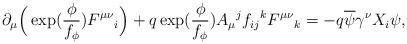
LaTeX: \begin{align*} \partial_\mu\Big(\exp(\frac{\phi}{f_\phi})F^{\mu\nu}{}_i\Big)+q\exp(\frac{\phi}{f_\phi})A_\mu{}^j f_{ij}{}^k F^{\mu\nu}{}_k=-q\overline{\psi}\gamma^\nu X_i\psi,\end{align*}